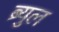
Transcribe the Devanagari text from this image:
ब्र्युल